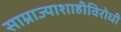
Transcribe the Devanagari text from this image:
साम्राज्याशाहीविरोधी